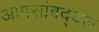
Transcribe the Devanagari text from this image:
आपसांबद्दल